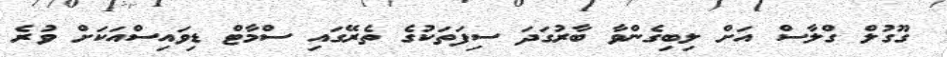
ގޫގުލް ގްލާސް އަށް ލިބިގެންވާ ބާރުގަދަ ސިފަތަކުގެ ތެރޭގައި ސްމާޓް ޑިވައިސްއަކަށް ވުރެ